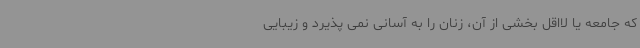
که جامعه یا لااقل بخشی از آن، زنان را به آسانی نمی پذیرد و زیبایی